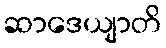
ဆာဒေယျာတိ